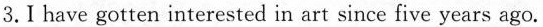
3. Ⅰ have gotten interested in art since five years ago.